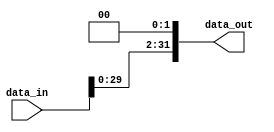
`timescale 1ns / 1ps
//////////////////////////////////////////////////////////////////////////////////
// Company: 
// Engineer: 
// 
// Design Name: 
// Module Name: shifter
// Project Name: 
// Target Devices: 
// Tool Versions: 
// Description: 
// 
// Dependencies: 
// 
// Revision:
// Revision 0.01 - File Created
// Additional Comments:
// 
//////////////////////////////////////////////////////////////////////////////////


module shifter
#(parameter DATA_WIDTH=32)
(
	input [DATA_WIDTH-1:0] data_in,
	output [DATA_WIDTH-1:0] data_out
);

assign data_out[1:0]=2'b0;
assign data_out[DATA_WIDTH-1:2]=data_in[DATA_WIDTH-3:0];
endmodule